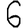
Digit: 6